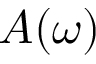
A ( \omega )